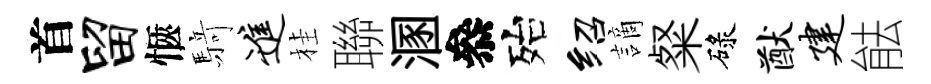
首留愜𮪍进桂聯溷叅殆绍謫粲碌猷建䏻